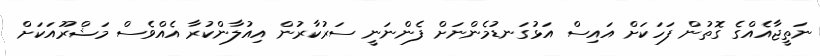
ނަތީޖާއެއްގެ ގޮތުން ފަހަކަށް އައިސް އަޅުގަނޑުމެންނަށް ފެންނަނީ ސަރުކާރުން އިއުލާންކުރާ އެއްވެސް މަޝްރޫއަކަށް